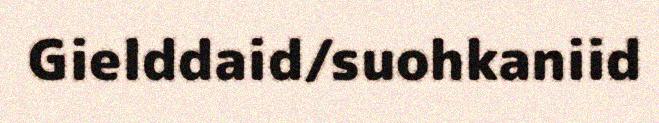
Gielddaid/suohkaniid